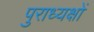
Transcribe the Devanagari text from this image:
पुराध्यक्षों